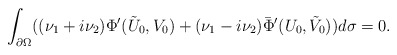
\begin{align*}\int_{\partial\Omega}((\nu_1+i\nu_2)\Phi'(\tilde U_0,V_0)+(\nu_1-i\nu_2)\bar\Phi'(U_0,\tilde V_0))d\sigma=0.\end{align*}